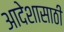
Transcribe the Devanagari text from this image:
आदेशासाठी